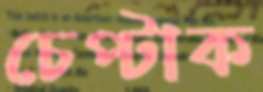
চেপ্‌টাক